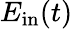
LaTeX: E_{\mathrm{in}}(t)